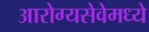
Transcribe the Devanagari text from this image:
आरोग्यसेवेमध्ये